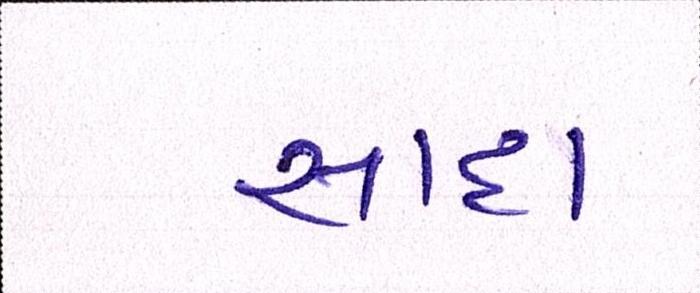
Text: સાદા